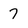
Character: 7